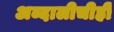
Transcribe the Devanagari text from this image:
अब्दालीचीही